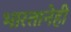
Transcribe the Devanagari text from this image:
भारतानेही